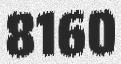
8160